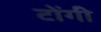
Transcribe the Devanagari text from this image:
टोंगी